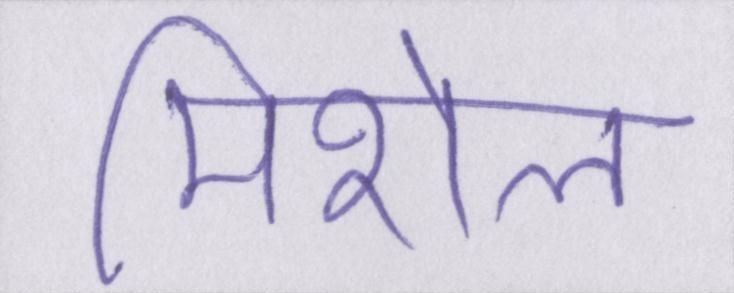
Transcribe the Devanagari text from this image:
मिशेल